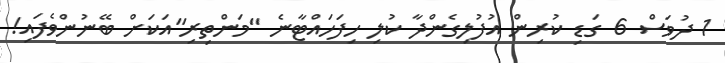
1 ދުވަސް 6 ގަޑި ކުރިން އުފުލިގެންދާ ކުލި ހިފަހައްޓާނެ "މަންތިރި"އަކަށް ބޭނުންވެފައި!